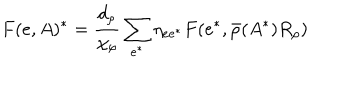
LaTeX: F ( e , A ) ^ { * } = \frac { d _ { \rho } } { \chi _ { \rho } } \sum _ { e ^ { * } } \eta _ { e e ^ { * } } F ( e ^ { * } , \bar { \rho } ( A ^ { * } ) R _ { \rho } )